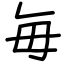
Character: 毎